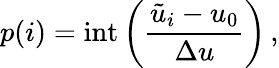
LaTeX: p(i)=\mathrm{int}\left(\frac{\tilde{u}_{i}-u_{0}}{{\Delta u}}\right)\, ,